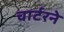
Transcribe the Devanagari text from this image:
चार्टरने